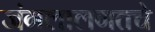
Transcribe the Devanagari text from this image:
जंगलालगतचे